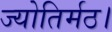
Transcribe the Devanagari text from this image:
ज्योतिर्मठ।